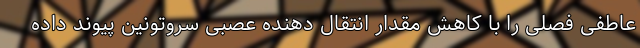
عاطفی فصلی را با کاهش مقدار انتقال دهنده عصبی سروتونین پیوند داده